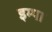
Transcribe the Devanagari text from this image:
इम्पा